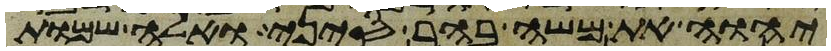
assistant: יהוה את משה בהר סיני ואלה שמות